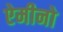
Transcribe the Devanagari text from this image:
ऐमीनो